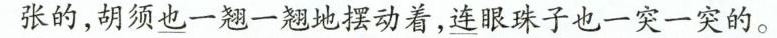
张的，胡须\underline{也}一翘一翘地摆动着，\underline{连}眼珠子也一突一突的。